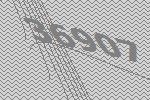
36907